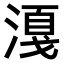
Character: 𣼸